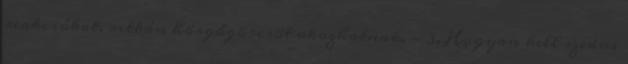
reakciókat, ritkán hörgőgörcsöt okozhatnak. - 3. Hogyan kell szedni